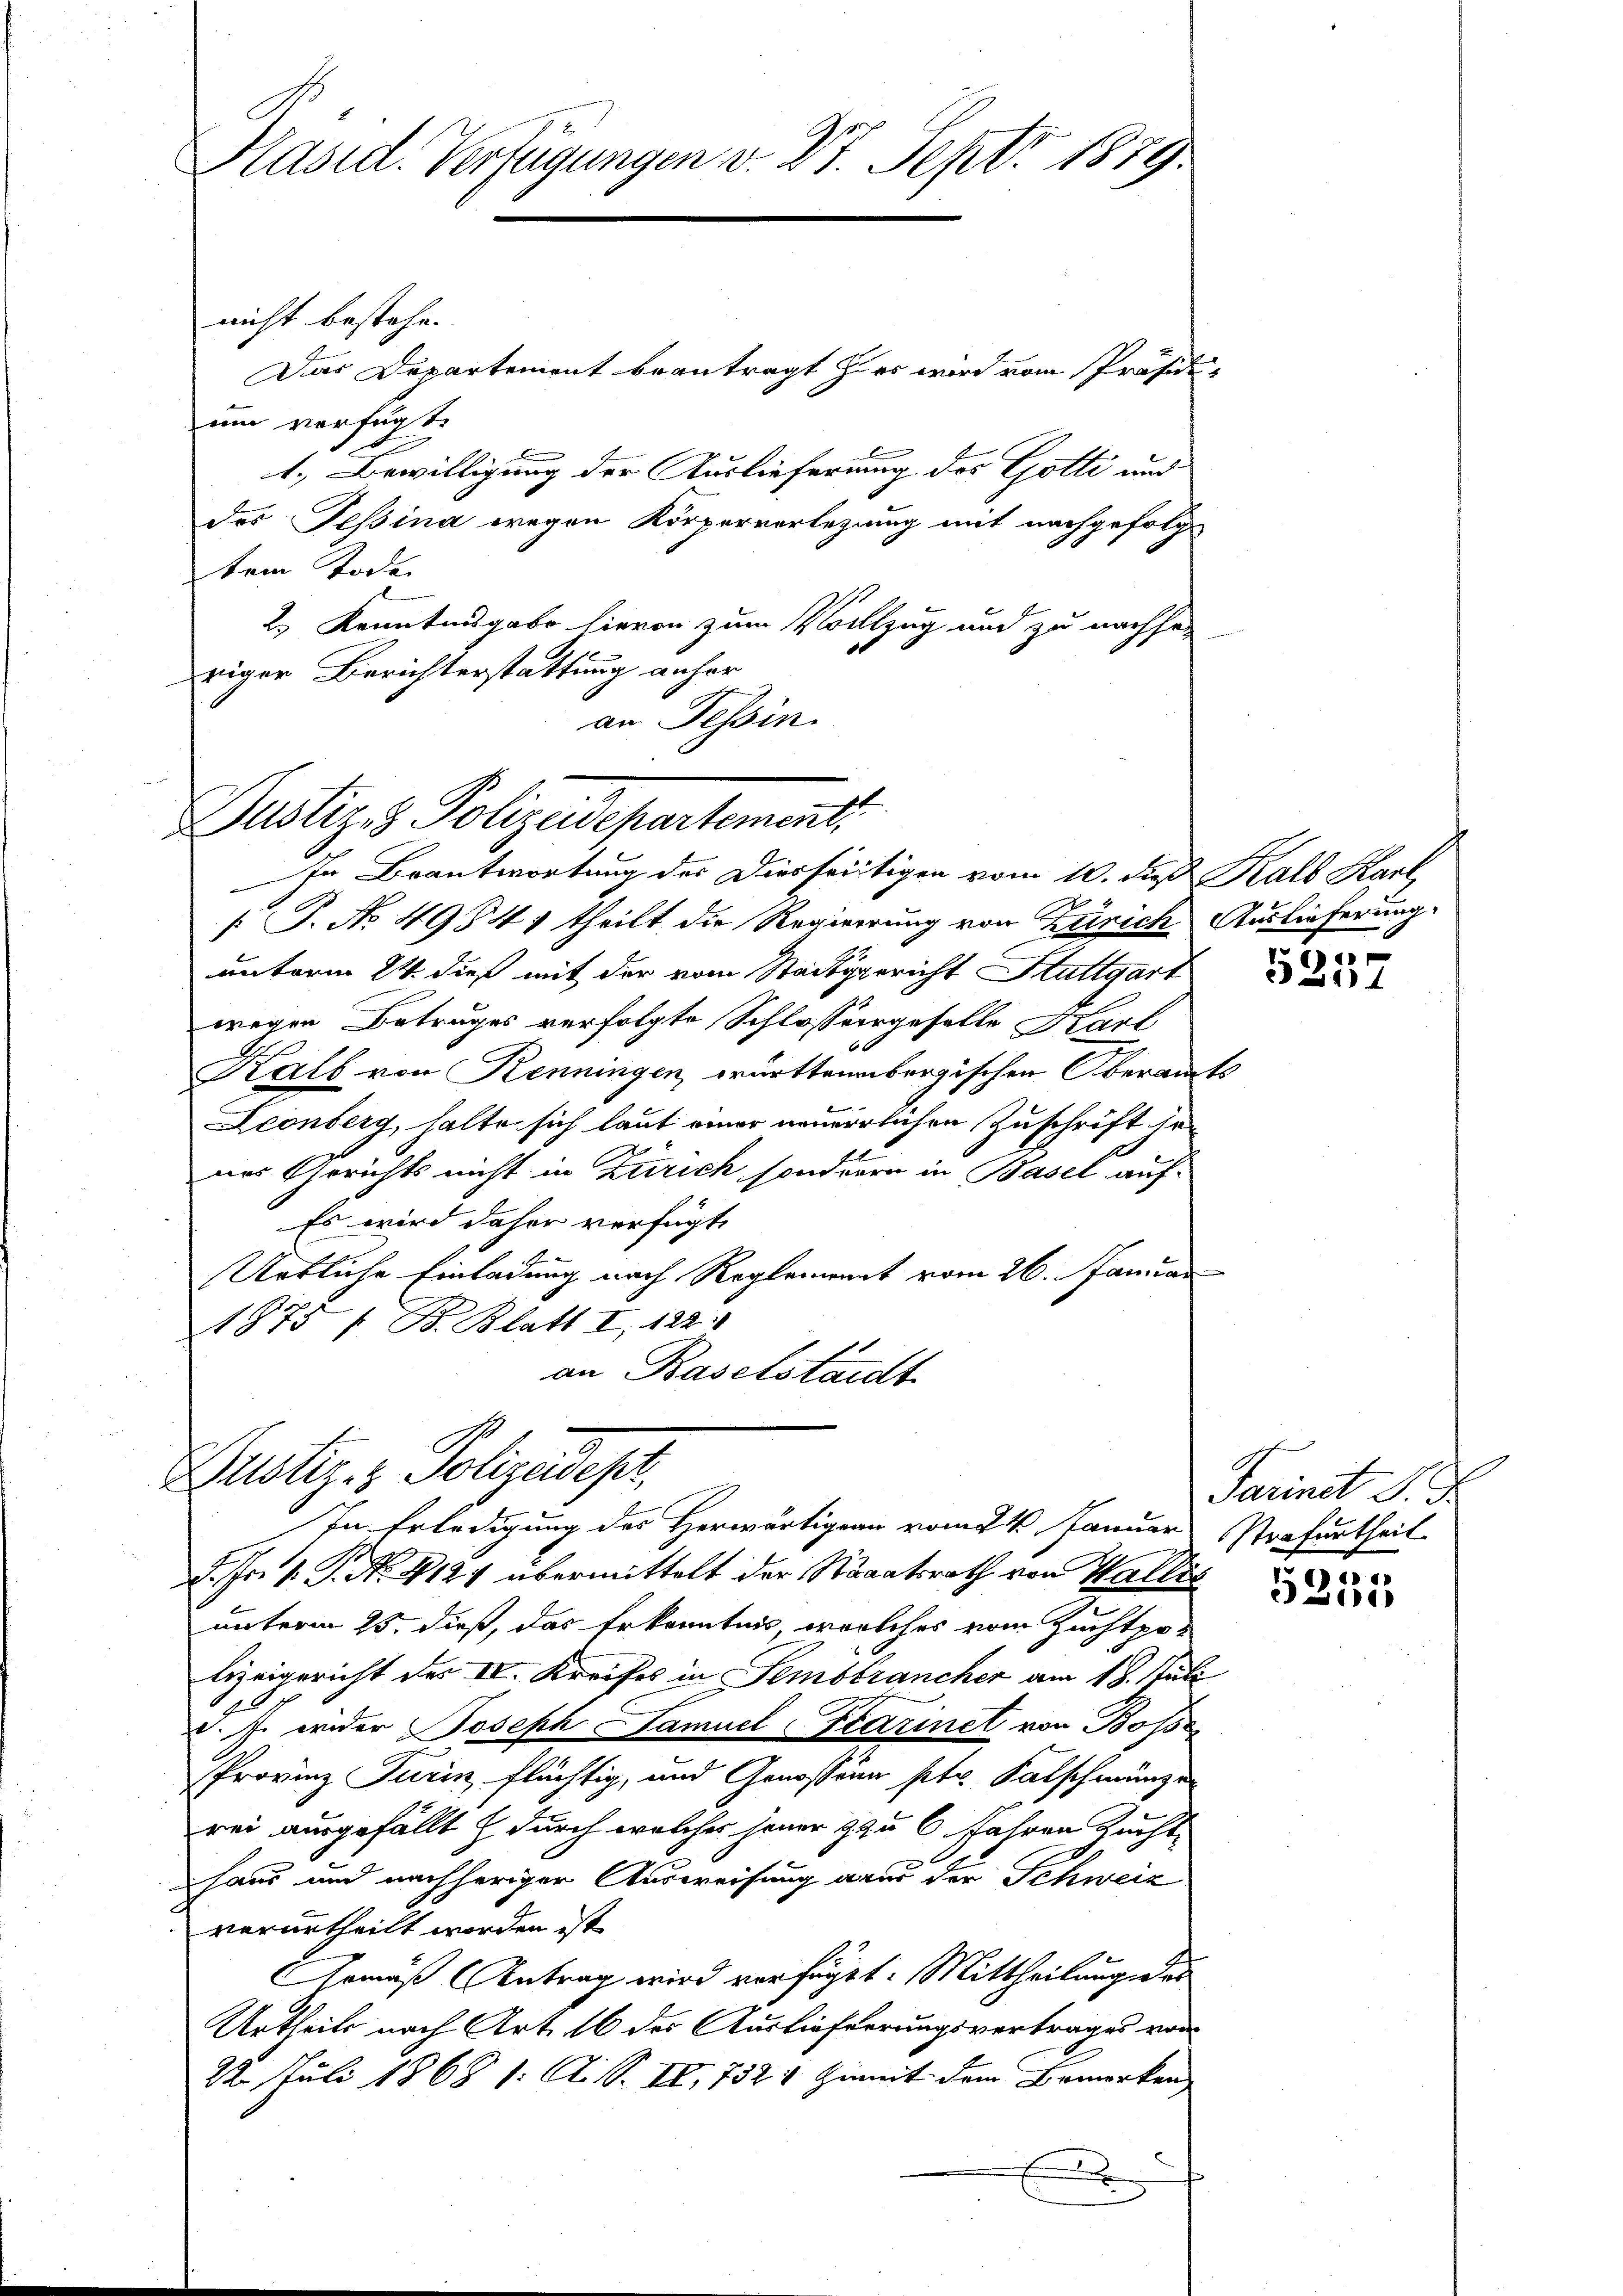
Kasid. Verfügungen v. 27. Sept. 1879.

nicht bestehe.
Das Departement beantragt zu er wird vom Präsidium verfügt:
1.) Bewilligung der Auslieferung des Gotti und
des Tessina wegen Körperverlegung mit nachgefolg
tem Todes
23 Kenntnisgabe hievon zum Vollzug und zu nachher
riger Berichterstattung anher
an Tessin

Justiz & Polizeidepartementi

In Beantwortung des Dierseitigen vom 10. dieß Kalb Karl
 P. No 4934/ theilt die Regierung von Zürich Auslieferung
unterm 24. dieß mit der vom Stadtgericht Stuttgart
wegen Betruges verfolgte Schlossergeselle Karl
6
Kalb von Kenningen, württembergischen Oberamts
Leonberg, halte sich laut einer neuerrlichen Zuschrift den
ner Gerichts nicht in Zürich sonderen in Basel auf¬
Es wird daher verfügt,
Urtliche Einladung nach Reglement vom 26. Januar
1875 / B. Blatt I 122.
an Baselstadt

Justiz- & Polizeidest.
In Erledigung des Herwärtigen vom 24. Januar

d. Fr. 1. P. Nr. 4124 übermittelt der Staaatsrath von Wallis
unterm 25. dieß, das Erkenntnis welches vom Zuchtpo-
bezeigericht des IV. Kreises in Sembrancher am 18. Juli
1
d. J. weder Joseph Samuel Farinet von Bosser
Provinz Turin flächtig, und Genossin ptr. Satschmünze
rei ausgefällt & durch welcher jener zu 6 Jahren Zucht
haus und nachheriger Ausweisung aus der Schweiz
verurtheilt worden ist
Armäß Antrag wird verfüget. Mittheilung des
Urtheils nach Art. 16 des Auslieferungsvertrages von
22. Juli 1868 1. A. S. II, 732 1 Hiemit dem Bemerken

e

520

Farinet S. B
Strafurtheil

e
.
2